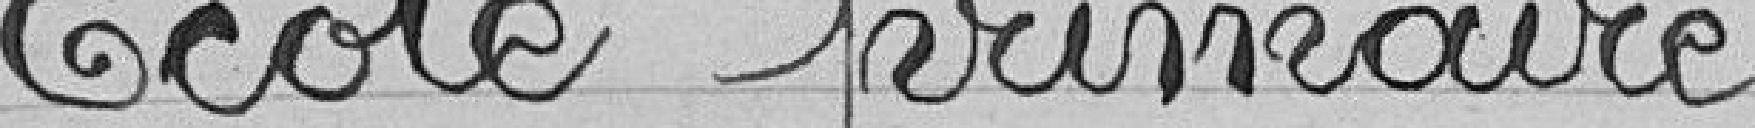
Ecole primaire